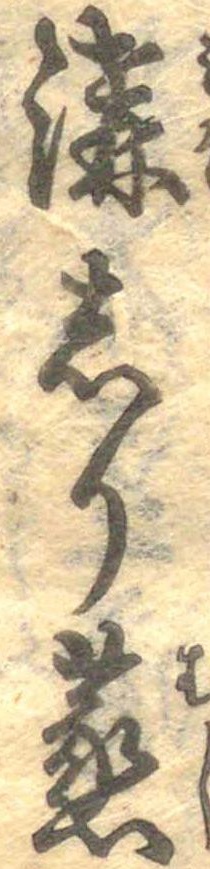
溝しり蒸